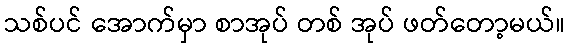
သစ်ပင် အောက်မှာ စာအုပ် တစ် အုပ် ဖတ်တော့မယ်။